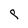
Character: p